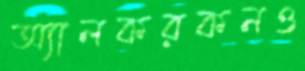
অ্যালকরকনও